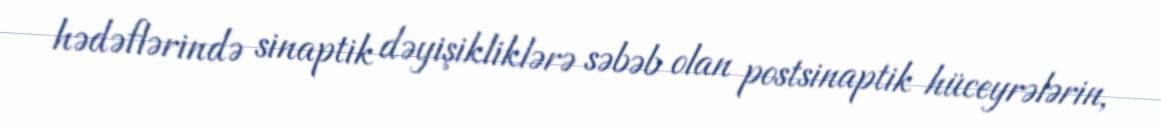
hədəflərində sinaptik dəyişikliklərə səbəb olan postsinaptik hüceyrələrin,